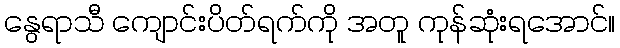
နွေရာသီ ကျောင်းပိတ်ရက်ကို အတူ ကုန်ဆုံးရအောင်။